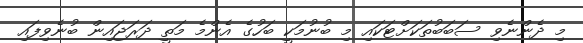
މި ދެންނެވި ސަބަބުތަކަށްޓަކައި މި ބުނުމަކީ ބަހުގެ އެންމެ މަތީ ދަރަޖައިން ބުނެވިފައި